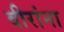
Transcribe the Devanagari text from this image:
वीरांना